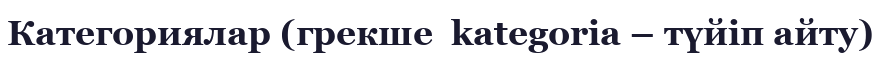
Категориялар (грекше  kategorіa – түйіп айту)